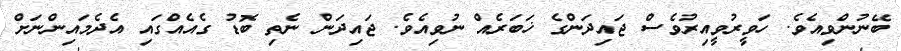
ބޭނުންވިއެވެ. ހަވީރުވީއިރުވެސް ޖައިދަންގެ ޚަބަރެއް ނުވިއެވެ. ޖައިދަން ނެތި ބޮޑު ގެއެއްގައި އެދެމައިންނަށް